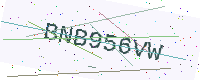
Text: BNB956VW